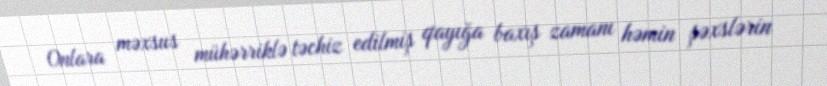
Onlara məxsus mühərriklə təchiz edilmiş qayığa baxış zamanı həmin şəxslərin